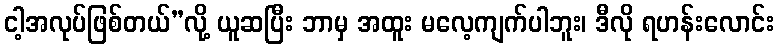
ငါ့အလုပ်ဖြစ်တယ်”လို့ ယူဆပြီး ဘာမှ အထူး မလေ့ကျက်ပါဘူး၊ ဒီလို ရဟန်းလောင်း